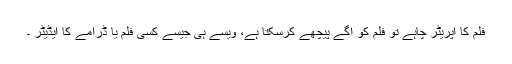
فلم کا آپریٹر چاہے تو فلم کو آگے پیچھے کرسکتا ہے، ویسے ہی جیسے کسی فلم یا ڈرامے کا ایڈیٹر ۔